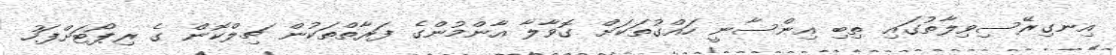
އިނގިރޭސިވިލާތުގައި ތިބި އިންސާނީ ހައްގުތަކަށް ގޮވާލާ އާންމުންގެ ފަރާތްތަކުން ޗިލްކޮން ގެ ރިޕޯޓަށްފަހު